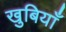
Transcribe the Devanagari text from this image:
खुबियाँ